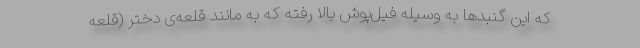
که این گنبدها به وسیله فیل‌پوش بالا رفته که به مانند قلعه‌ی دختر (قلعه